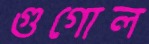
গুগোল